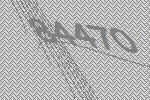
84470